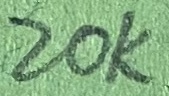
Text: 20K